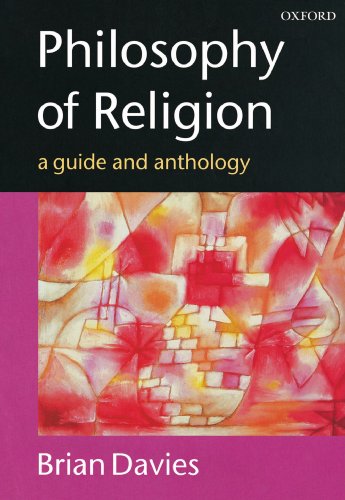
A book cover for Philosophy of Religion: A Guide and Anthology; Religion & Spirituality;